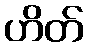
ဟိတ်